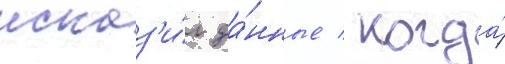
исказ'и́л да́нные / когда́